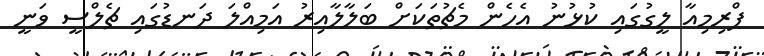
ޕްރިމިއާ ލީގުގައި ކުޅުނު އެހެން މެޗުތަކަށް ބަލާލާއިރު އަމިއްލަ ދަނޑުގައި ޗެލްސީ ވަނީ